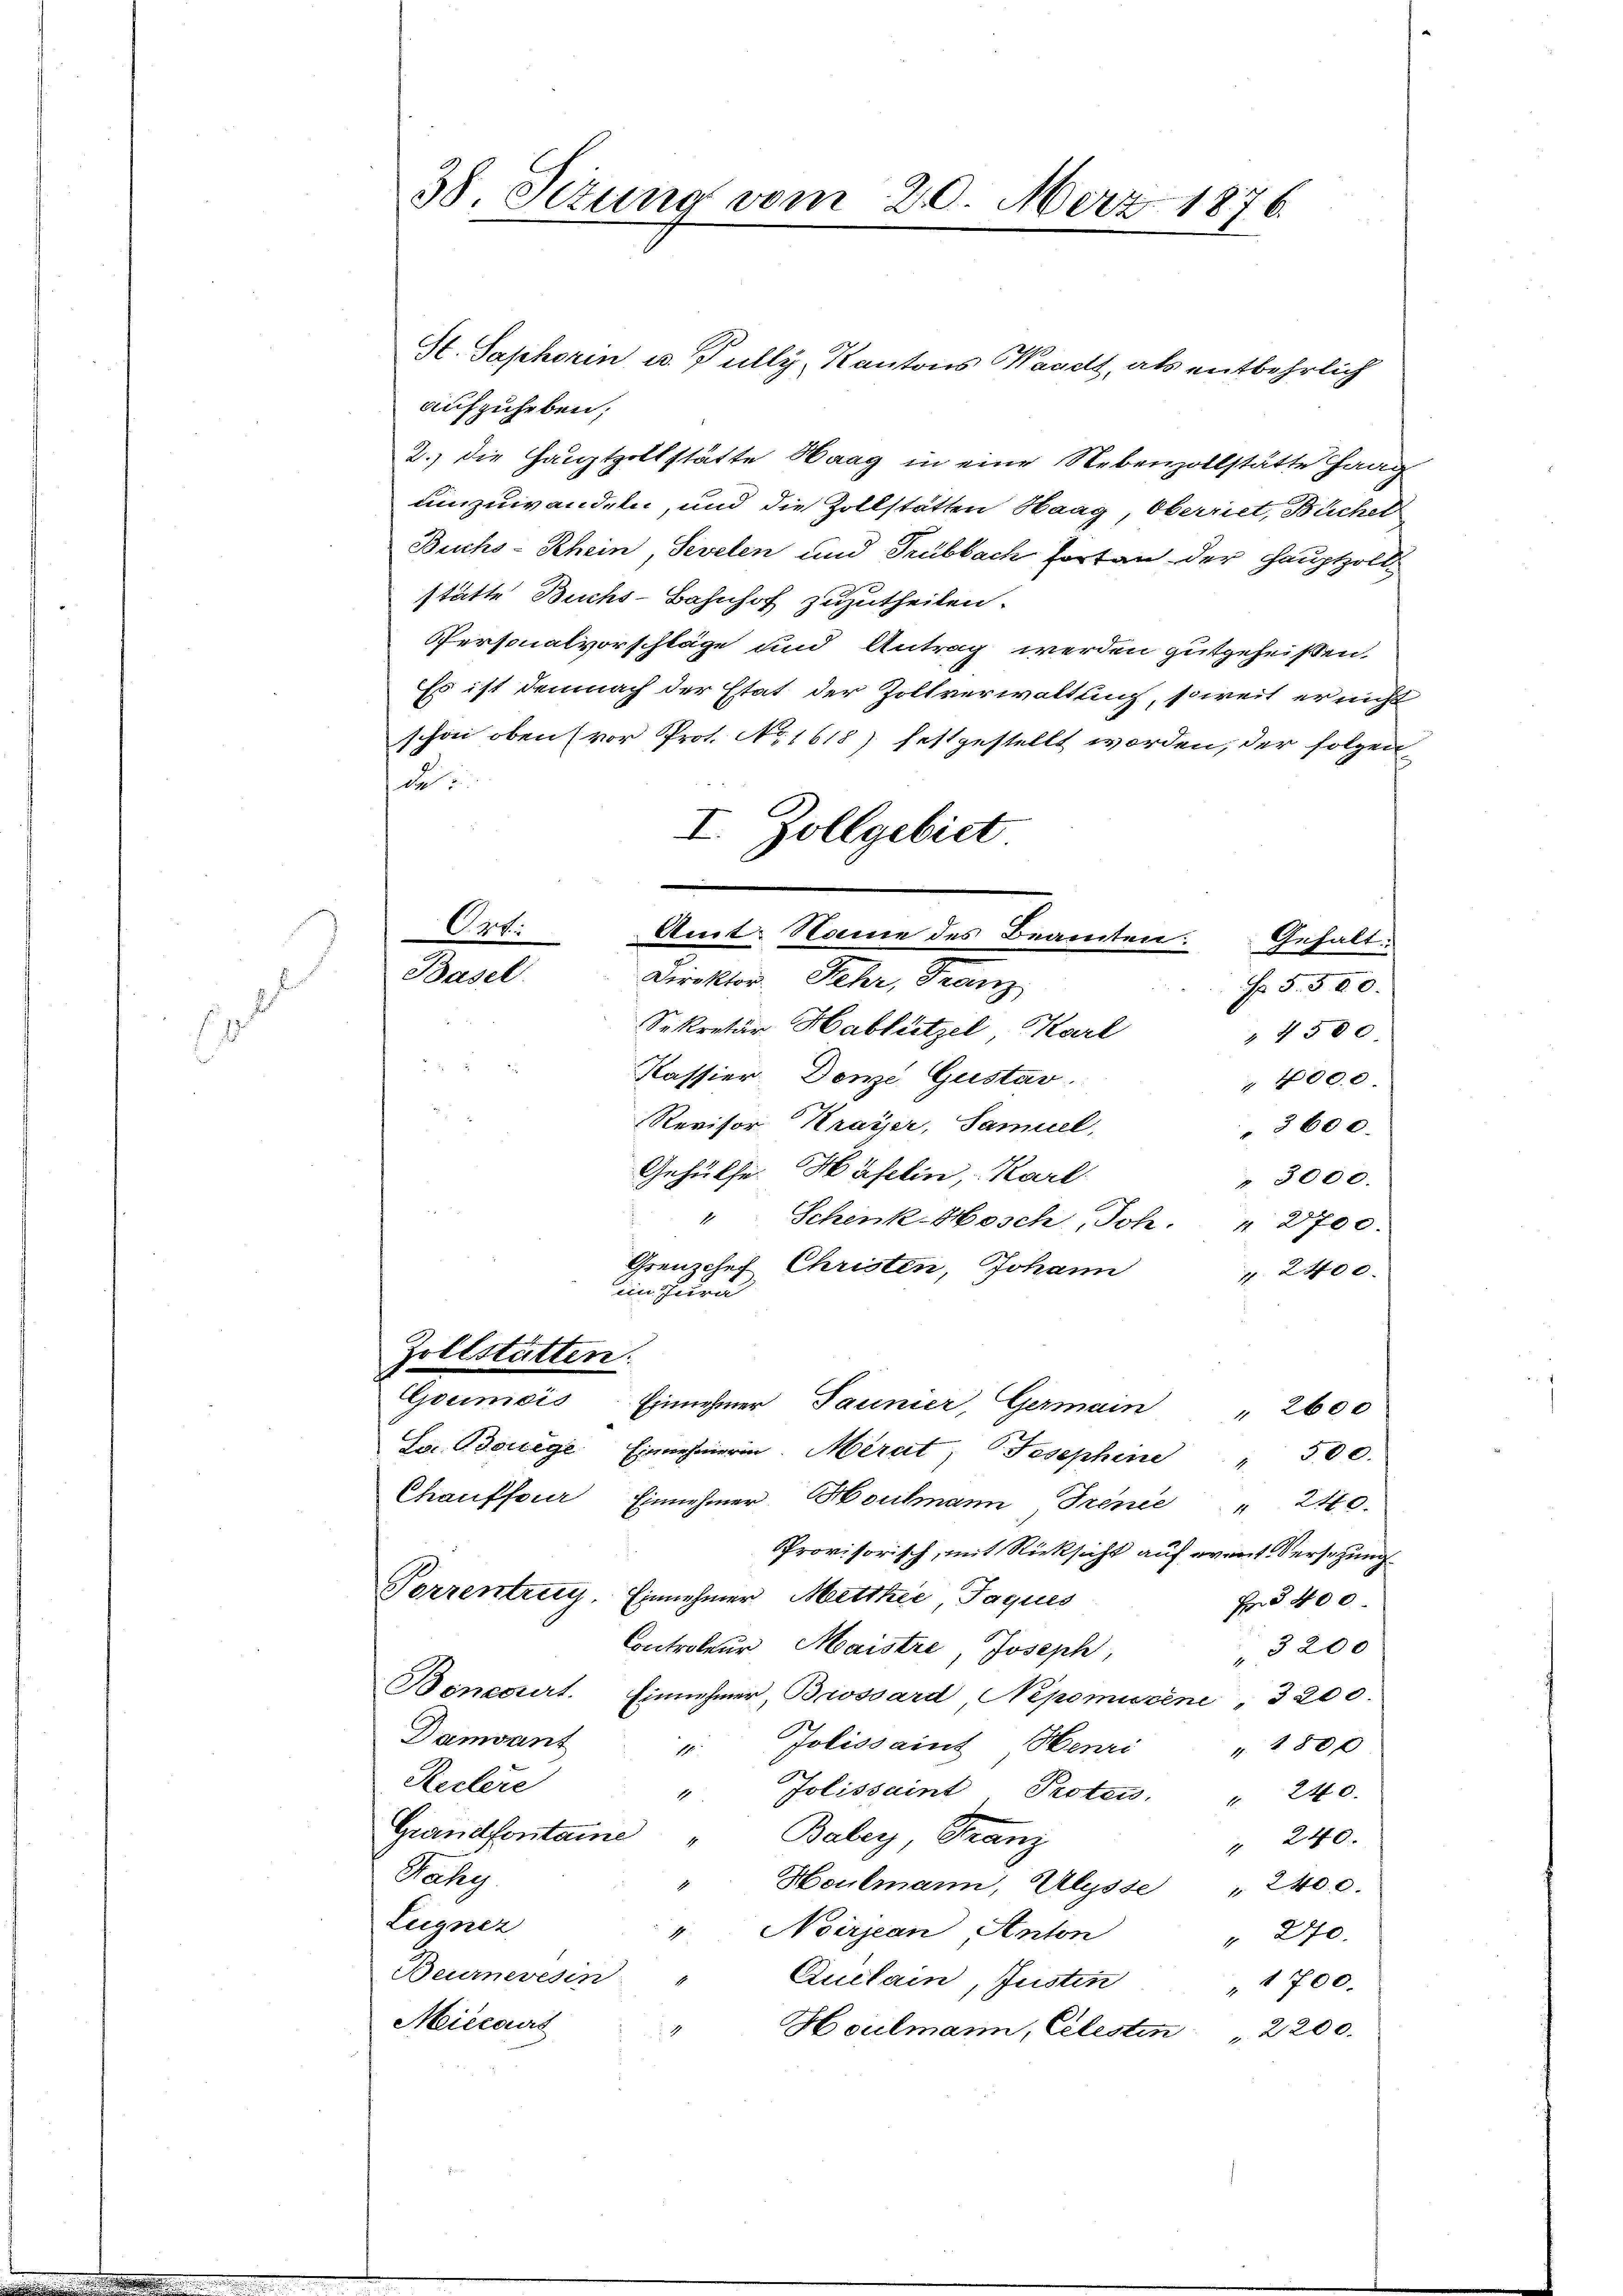
1

38. Sizung vom 20. März 1876.

St. Saphorin u. Fully, Kantons Waadt, als entbehrlich
aufzuheben;
2.) die Hauptzollstätte Haag in eine Nebenzollstätte Haag
umzuwandeln, und die Zollstätten Haag, Oberriet, Bücher
Buchs-Rhein, Sevelen und Trubbach fortan der Hauptzolt
stätte Buchs-Bahnhof zuzutheilen.
Personalvorschläge und Antrag werden gutgeheißen,
Es ist demnach der Etat der Zollverwaltung, soweit er nicht
schon oben (vor Prot. No 1618) festgestellt worden, der folgende
I. Zollgebiet
Ort:
Basel.
Direktor Peter, Franz,
Nr 5. 500.
Sekretär Hablützel Karl
 4500
Kassier, Denze Gustav
" 4000.
Revisor Krayer, Samuel,
3600.
Gehülfe. Häfelin, Karl
" 3000.
" Schenk-Hosch, Joh. " 2700.
Grenzchef Christen, Johann
1 2400.
im Jura
Zollstätten.
Goumois. Einnehmer Saunier, Germain " 2600
Jr. Borlege Einnehmerin. Merat Josephine " 500.
Chauffeur Einnehmer Moulmann Trence " 2150.
Provisorisch, mit Rücksicht auf ermit Versehung
Torrentrug. Einnehmer Mettkić, Jaques
H§ 40 x
Controleur Maistre, Joseph,
3200
Bencorirt. Einnehmer, Brossard Nepomuzene, 3200.
Damvant
Jolissaint Henri " 1800
1
Reclere
Jolissaint Protec. " 240.
1
Grandfontaine
Babey, Franz
" 240.
Pakg
Houlmann, Alysse" 2400.
Leigner
Noirjean Anton

" 270.
Beurnereden
Quclain, Justin " 1700.
Miecours
Houlmann, Celesten 2200.

Amt. Name des Beamten: Gehalt